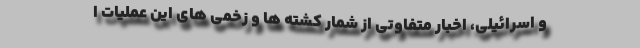
و اسرائیلی، اخبار متفاوتی از شمار کشته ها و زخمی های این عملیات ا